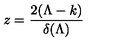
z = \frac { 2 ( \Lambda - k ) } { \delta ( \Lambda ) }